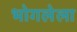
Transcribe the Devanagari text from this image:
भोगलेला